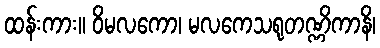
ထန်းကား။ ဝိမလကော၊ မလကေသရုတဏ္ဏိကာနိ၊